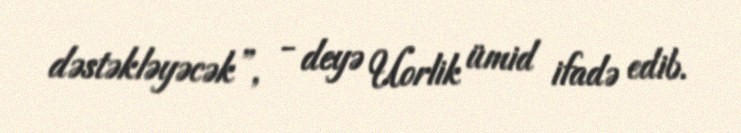
dəstəkləyəcək”, - deyə Uorlik ümid ifadə edib.